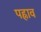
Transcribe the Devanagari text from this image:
पह्नाव